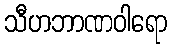
သီဟဘာဏဝါရော